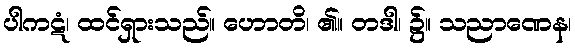
ပါကဋံ၊ ထင်ရှားသည်။ ဟောတိ၊ ၏။ တဒါ၊ ၌။ သညာဏေန၊